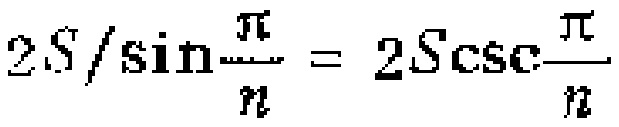
$2S/\sin\frac{\pi}{n}=2S\csc\frac{\pi}{n}$